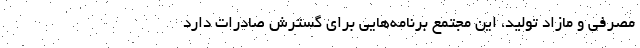
مصرفي و مازاد توليد، این مجتمع برنامه‌هایی برای گسترش صادرات دارد